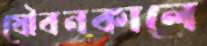
যৌবনকালে